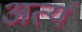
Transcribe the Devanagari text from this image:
अत्यं